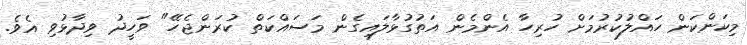
މިކަންކަން ހައްލުކުރުމަށް ހުރިހާ އެންމެން އަތުގުޅާލައިގެން މަސައްކަތް ކުރަންޖެހޭ" ވަހީދު ވިދާޅުވި އެވެ.